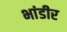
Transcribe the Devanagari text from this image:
भांडीर